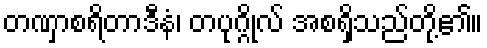
တဏှာစရိတာဒီနံ၊ တပုဂ္ဂိုလ် အစရှိသည်တို့၏။